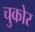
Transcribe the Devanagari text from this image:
चुकोर